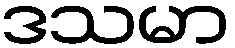
ဒသမာ